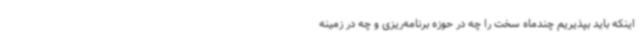
اینکه باید بپذیریم چندماه سخت را چه در حوزه برنامه‌ریزی و چه در زمینه